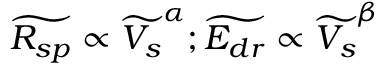
\widetilde { R _ { s p } } \propto \widetilde { V _ { s } } ^ { \alpha } ; \widetilde { E _ { d r } } \propto \widetilde { V _ { s } } ^ { \beta }